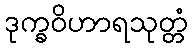
ဒုက္ခဝိဟာရသုတ္တံ